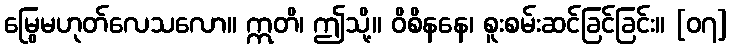
မြွေမဟုတ်လေသလော။ ဣတိ၊ ဤသို့။ ဝိစိနနေ၊ စူးစမ်းဆင်ခြင်ခြင်း။ [၀၇]